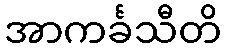
အာကင်္ခသီတိ